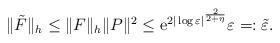
LaTeX: \begin{align*}\|\tilde{F}\|_{h}\leq \|F\|_{h} \|P\|^{2} \leq {\rm e}^{2|\log \varepsilon|^{\frac{2}{2+\eta}}} \varepsilon =:\tilde{\varepsilon}.\end{align*}